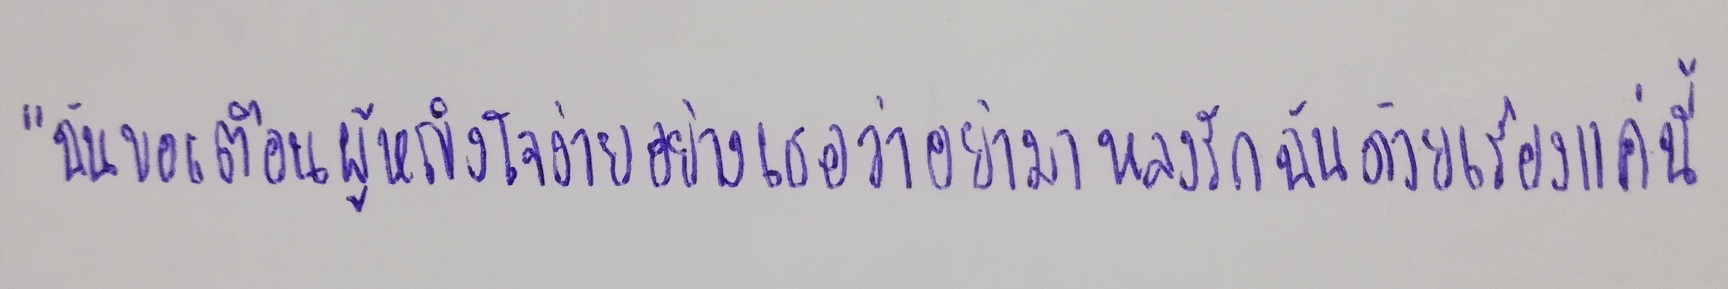
"ฉันขอเตือนผู้หญิงใจง่ายอย่างเธอว่าอย่ามาหลงรักฉันด้วยเรื่องแค่นี้